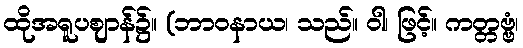
ထိုအရူပဈာန်၌။ (ဘာဝနာယ၊ သည်။ ဝါ၊ ဖြင့်။ ကတ္တဗ္ဗံ၊